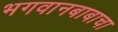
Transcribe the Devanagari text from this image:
भगवानबाबाचा